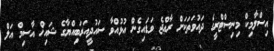
އިސްލާމިކް މިނިސްޓްރީގެ ދައުވަތަކަށް ރާޢްޖެ ވަޑައިގެން އުޅުއްވާ ސައުދީއަރަބިއްޔާގެ ޝައިޚް އާސިމް އަލް